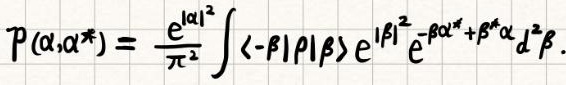
$P(\alpha,\alpha^*) = \frac{e^{|\alpha|^2}}{\pi^2} \int \langle -\beta|\rho|\beta\rangle e^{|\beta|^2} e^{-\beta\alpha^* + \beta^*\alpha} d^2\beta.$